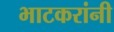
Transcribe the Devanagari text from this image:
भाटकरांनी